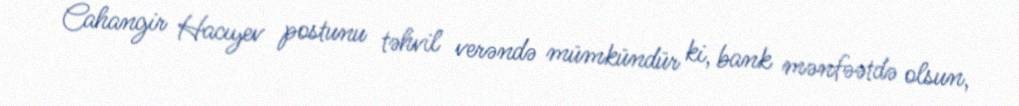
Cahangir Hacıyev postunu təhvil verəndə mümkündür ki, bank mənfəətdə olsun,